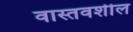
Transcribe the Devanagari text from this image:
वास्तवशील